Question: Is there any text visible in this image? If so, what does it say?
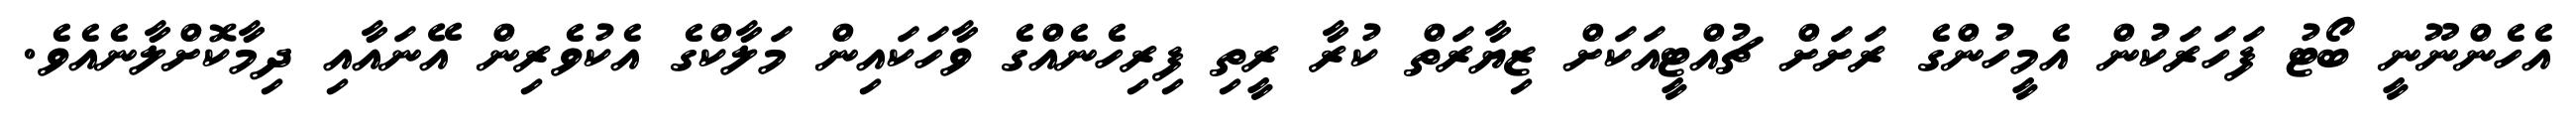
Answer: އެހެންނޫނީ ބޯޓު ފަހަރަކުން އެމީހުންގެ ރަށަށް ޗުއްޓީއަކަށް ޒިޔާރަތް ކުރާ ރީތި ފިރިހެނެއްގެ ވާހަކައިން މަލާކްގެ އެކުވެރިން އޭނައާއި ދިމާކޮށްލާނެއެވެ.